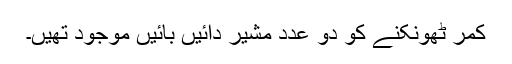
کمر ٹھونکنے کو دو عدد مشیر دائیں بائیں موجود تھیں۔